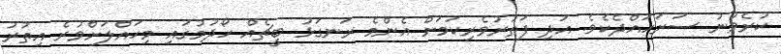
ކުރެވުނު ސަރަހައްދެކެވެ. އަދި ފަތުރުވެރިކަމަށް އެންމެ ރަނގަޅު ބީޗެއް ހޯދުމުގައި މިހައްލަށްވުރެ އިތުރު